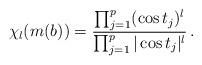
LaTeX: \begin{align*}\chi_l (m (b)) = \frac{\prod_{j=1}^p (\cos t_j)^l}{\prod_{j=1}^p |\cos t_j|^l}\, .\end{align*}